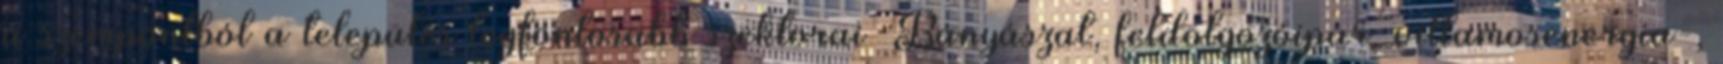
a szempontból a település legfontosabb szektorai –Bányászat, feldolgozóipar, villamosenergia-,